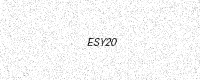
Text: ESY20